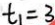
t _ { 1 } = 3